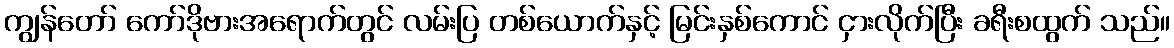
ကျွန်တော် ကော်ဒိုဗားအရောက်တွင် လမ်းပြ တစ်ယောက်နှင့် မြင်းနှစ်ကောင် ငှားလိုက်ပြီး ခရီးစထွက် သည်။